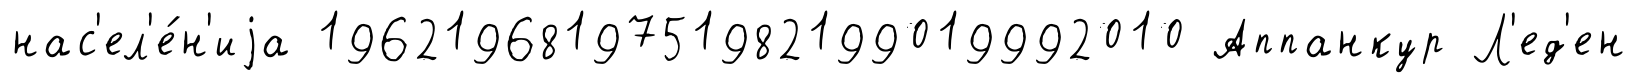
нас'ел'е́н'иjа 1962196819751982199019992010 Аппанкур Л'ед'ен